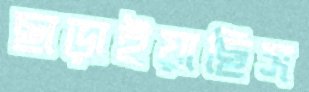
ছাড়াইয়াছিস